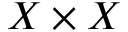
X \times X